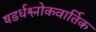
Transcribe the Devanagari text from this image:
षडर्धश्लोकवार्तिक